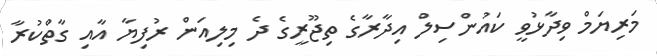
މަރިޔަމް ވިދާޅުވީ ކައުންސިލް އިދާރާގެ ތިޖޫރީގެ ދެ މިލިއަން ރުފިޔާ އާއި ގާތްކުރާ